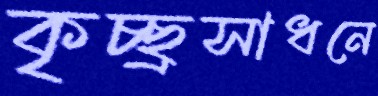
কৃচ্ছ্রসাধনে